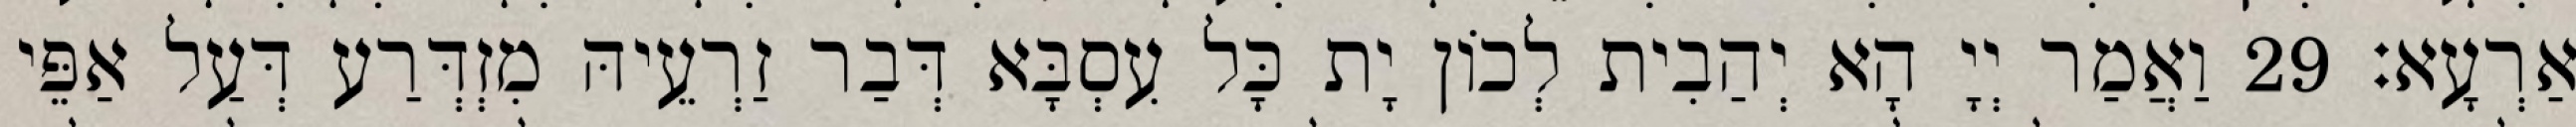
אַרְעָא׃ 29 וַאֲמַר יְיָ הָא יְהַבִית לְכוֹן יָת כָּל עִסְבָּא דְּבַר זַרְעֵיהּ מִזְדְּרַע דְּעַל אַפֵּי